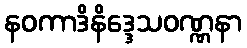
နဝကာဒိနိဒ္ဒေသဝဏ္ဏနာ